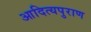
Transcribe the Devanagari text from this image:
आदित्यपुराण